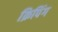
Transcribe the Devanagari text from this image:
क्रिपिंग